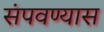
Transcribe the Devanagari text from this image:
संपवण्यास